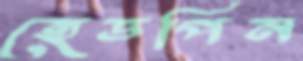
হেডপিন